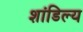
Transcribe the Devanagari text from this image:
शांडिल्‍य